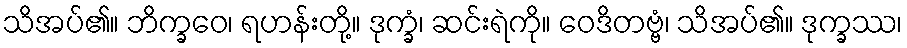
သိအပ်၏။ ဘိက္ခဝေ၊ ရဟန်းတို့။ ဒုက္ခံ၊ ဆင်းရဲကို။ ဝေဒိတဗ္ဗံ၊ သိအပ်၏။ ဒုက္ခဿ၊